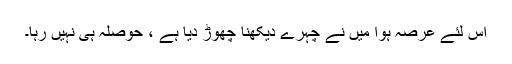
اس لئے عرصہ ہوا میں نے چہرے دیکھنا چھوڑ دیا ہے ، حوصلہ ہی نہیں رہا۔